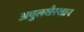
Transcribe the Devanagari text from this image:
अबुलखैरखान